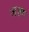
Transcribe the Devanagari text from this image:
जश्ण